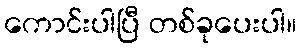
ကောင်းပါပြီ တစ်ခုပေးပါ။